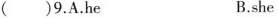
()9.A.he B.she